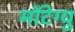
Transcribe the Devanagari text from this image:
मॉटेग्यु